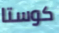
كوستا